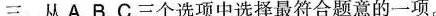
三、从 A,B,C三个选项中选择最符合题意的一项.